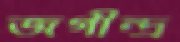
জগীন্দ্র